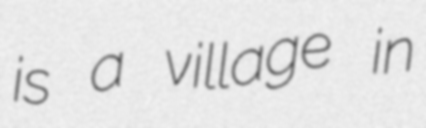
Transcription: is a village in